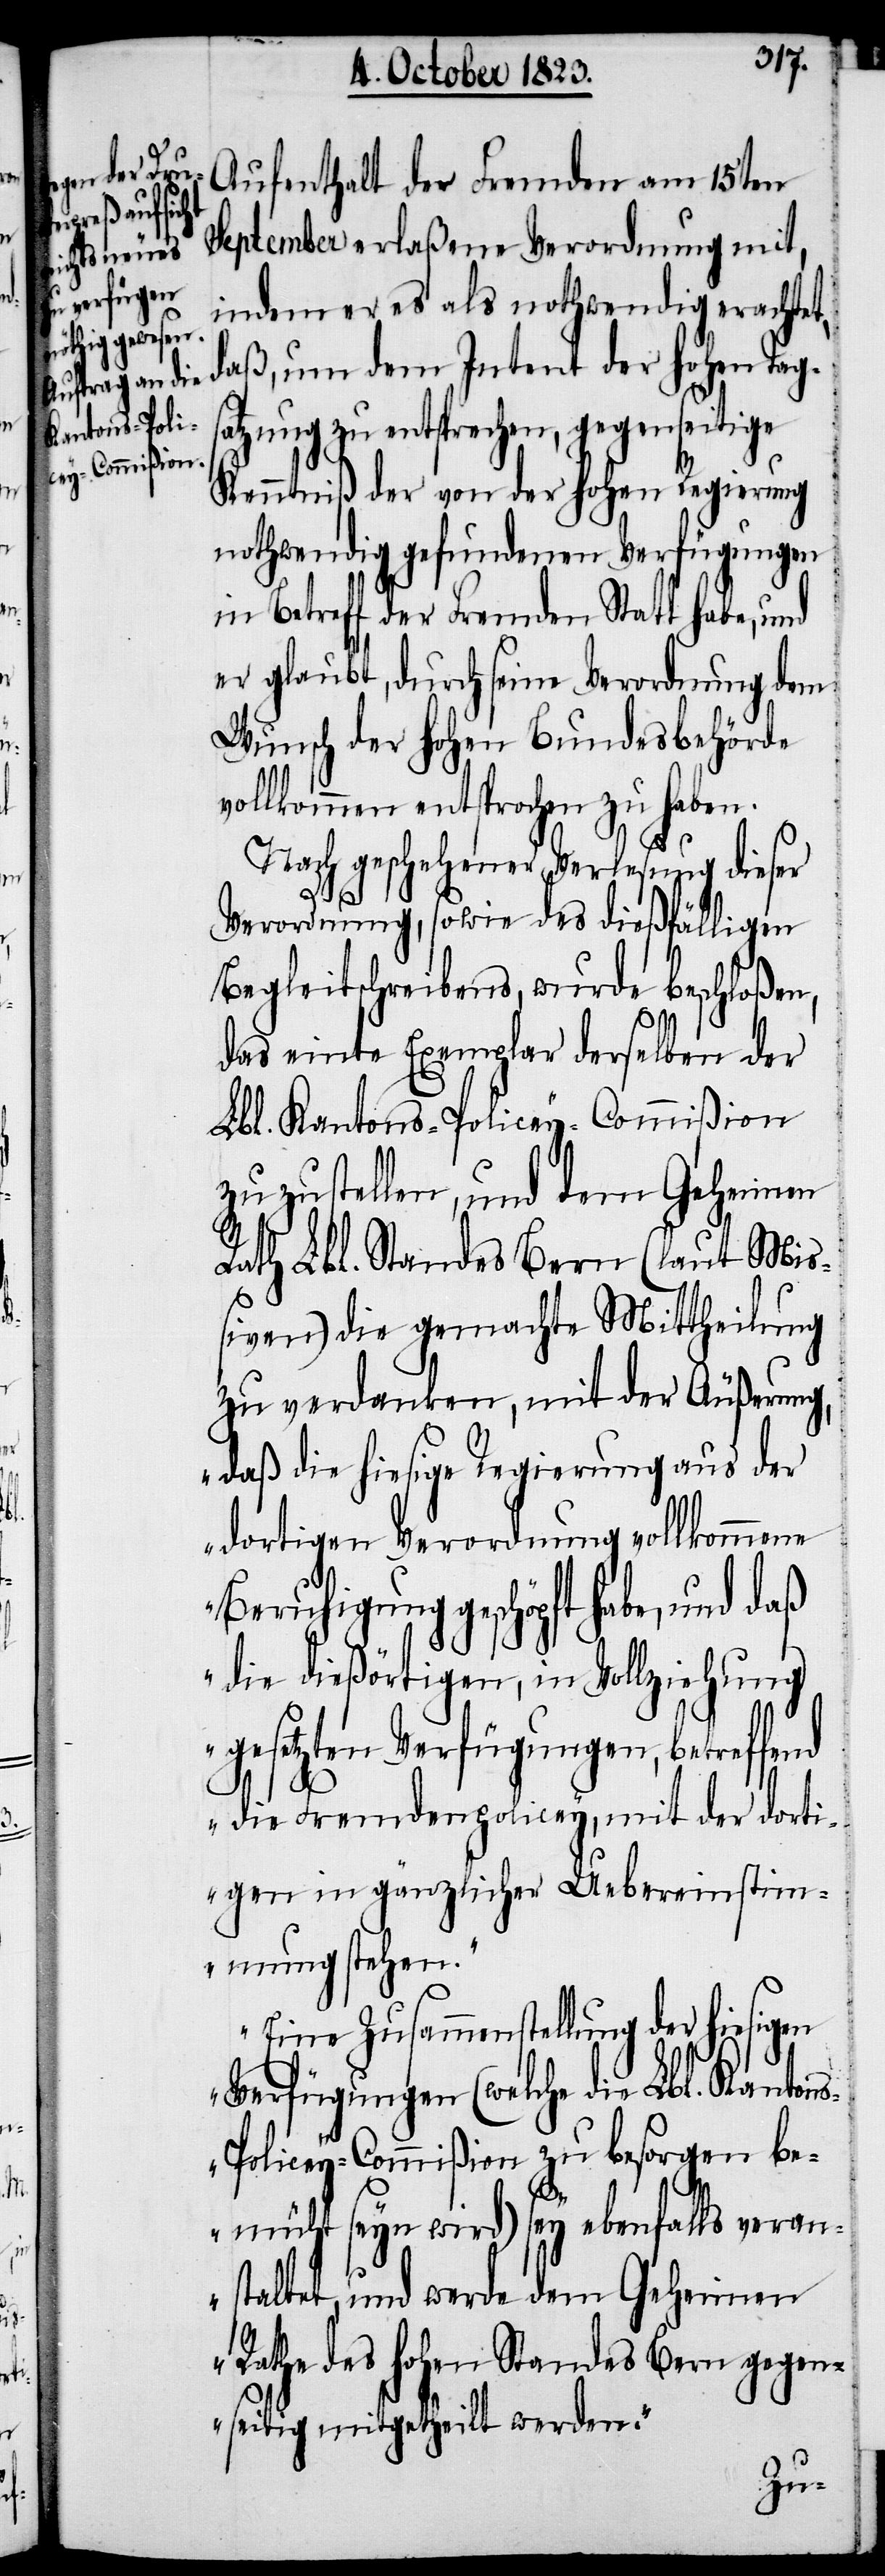
Aufenthalt der Fremden am 15ten
September erlaßene Verordnung mit,
indem er es als nothwendig erachtet,
daß, um dem Intent der hohen Tags¬
atzung zu entsprechen, gegenseitige
Kenntniß der von der hohen Regierung
nothwendig gefundenen Verfügungen
in Betreff der Fremden Statt habe, und
er glaubt, durch seine Verordnung dem
Wunsch der hohen Bundesbehörde
vollkommen entsprochen zu haben.
Nach geschehener Verlesung dieser
Verordnung, sowie des dießfälligen
Begleitschreibens, wurde beschloßen,
das einte Exemplar derselben der
Lbl. Kantons-Policey-Commißion
zuzustellen, und dem Geheimen
Rath Lbl. Standes Bern (laut Mi¬
ßiven) die gemachte Mittheilung
zu verdanken, mit der Äußerung,
„daß die hiesige Regierung aus der
dortigen Verordnung vollkommene
Beruhigung geschöpft habe, und daß
die dießörtigen, in Vollziehung
gesetzten Verfügungen, betreffend
die Fremdenpolicey, mit der dorti¬
gen in gänzlicher Uebereinstim¬
mung stehen.“
„Eine Zusammenstellung der hiesigen
Verfügungen (welche die Lbl. Kanton¬
s-Policey-Commißion zu besorgen be¬
müht seyn wird) sey ebenfalls veran¬
staltet, und werde dem Geheimen
Rathe des hohen Standes Bern gegen¬
seitig mitgetheilt werden.“